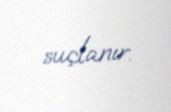
suçlanır.